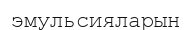
эмульсияларын